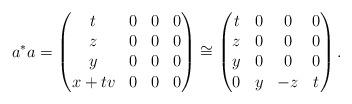
LaTeX: \begin{align*}a^*a= \begin{pmatrix} t & 0 & 0 & 0 \\ z & 0 & 0 & 0 \\y & 0 & 0 & 0 \\x+tv & 0 & 0 & 0\end{pmatrix}\cong \begin{pmatrix} t & 0 & 0 & 0 \\ z & 0 & 0 & 0 \\y & 0 & 0 & 0 \\0 & y & -z & t\end{pmatrix}.\end{align*}